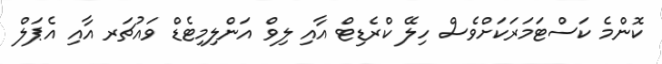
ކޮންމެ ކަސްޓަމަރަކަށްވެސް ހިލޭ ކްރެޑިޓް އާއި ލިވް އަންލިމިޓެޑް ވައުޗަރ އާއި އެޕަލް